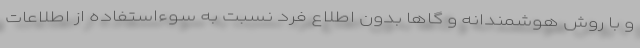
و با روش هوشمندانه و گاها بدون اطلاع فرد نسبت به سوءاستفاده از اطلاعات